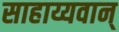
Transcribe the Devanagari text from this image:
साहाय्यवान्